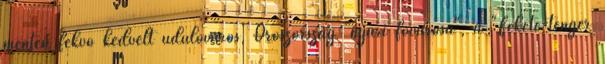
mentén fekvő kedvelt üdülőváros, Oroszország "nyári fővárosa", a "Fekete-tenger